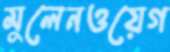
মুলেনওয়েগ